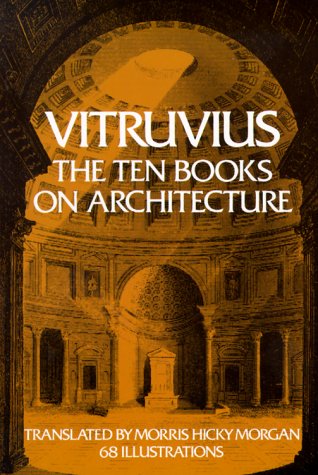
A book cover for Vitruvius: The Ten Books on Architecture (Bks. I-X); Vitruvius; Arts & Photography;